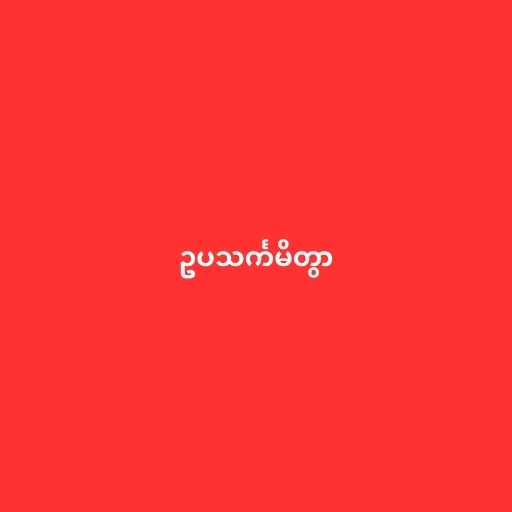
ဥပသင်္ကမိတွာ